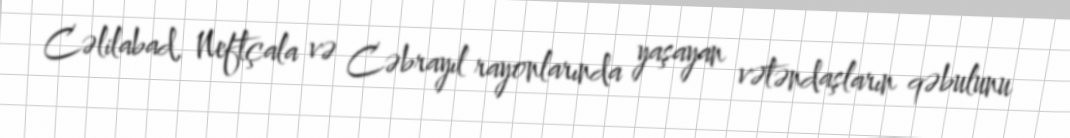
Cəlilabad, Neftçala və Cəbrayıl rayonlarında yaşayan vətəndaşların qəbulunu